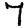
Digit: 7